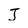
Character: J